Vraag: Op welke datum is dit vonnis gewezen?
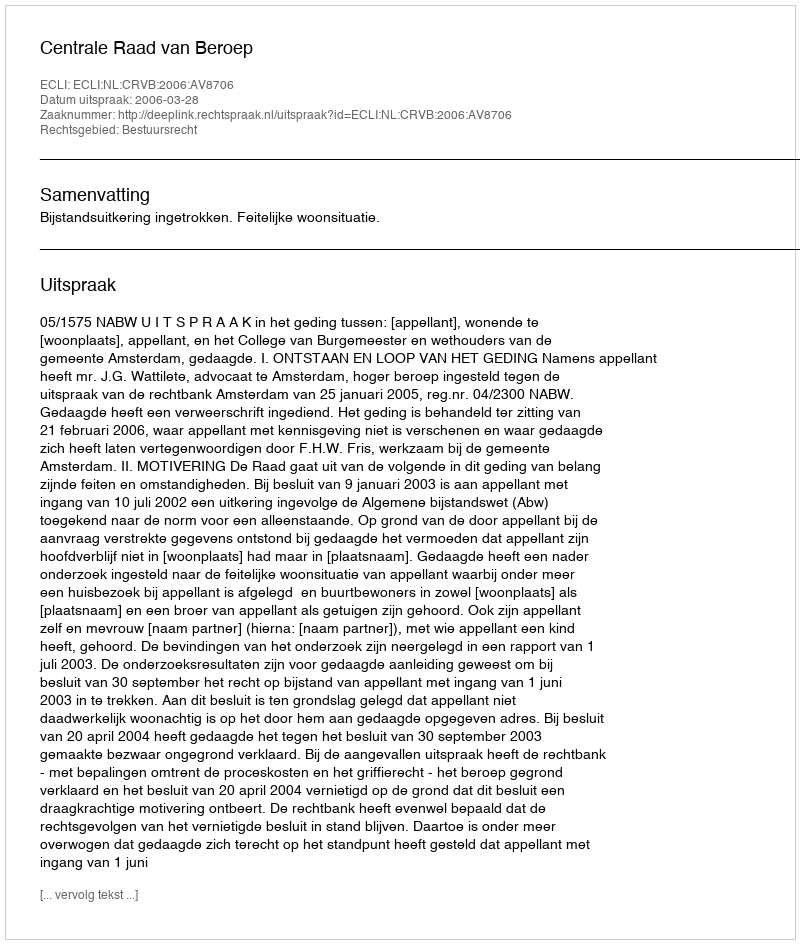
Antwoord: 2006-03-28